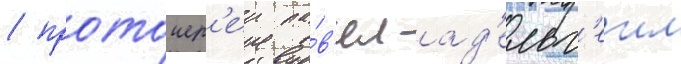
/ протоиер'еи па́в'ел ад'ельг'еим